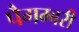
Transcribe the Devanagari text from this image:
पैगम्बरी